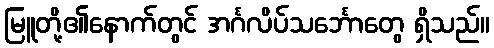
မြူတို့၏နောက်တွင် အင်္ဂလိပ်သင်္ဘောတွေ ရှိသည်။